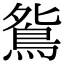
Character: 𫠔